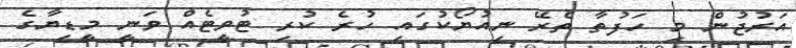
އަރުޖުން މި ހަފުތާ ތެރޭ ނިއުޔޯކުގައި ހުރެ ކުރި ޓުވީޓެއް ވަނީ މީޑިޔާގެ